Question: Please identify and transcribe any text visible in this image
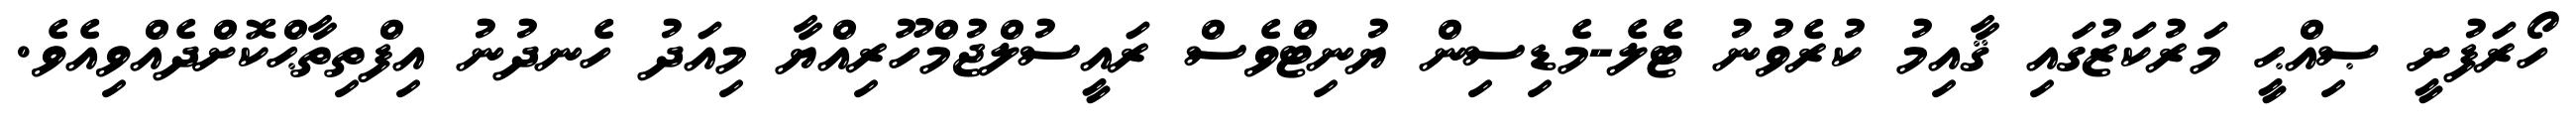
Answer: ހޯރަފުށީ ޞިއްޙީ މަރުކަޒުގައި ޤާއިމު ކުރެވުނު ޓެލެ-މެޑިސިން ޔުނިޓްވެސް ރައީސުލްޖުމްހޫރިއްޔާ މިއަދު ހެނދުނު އިފްތިތާޙްކޮށްދެއްވިއެވެ.